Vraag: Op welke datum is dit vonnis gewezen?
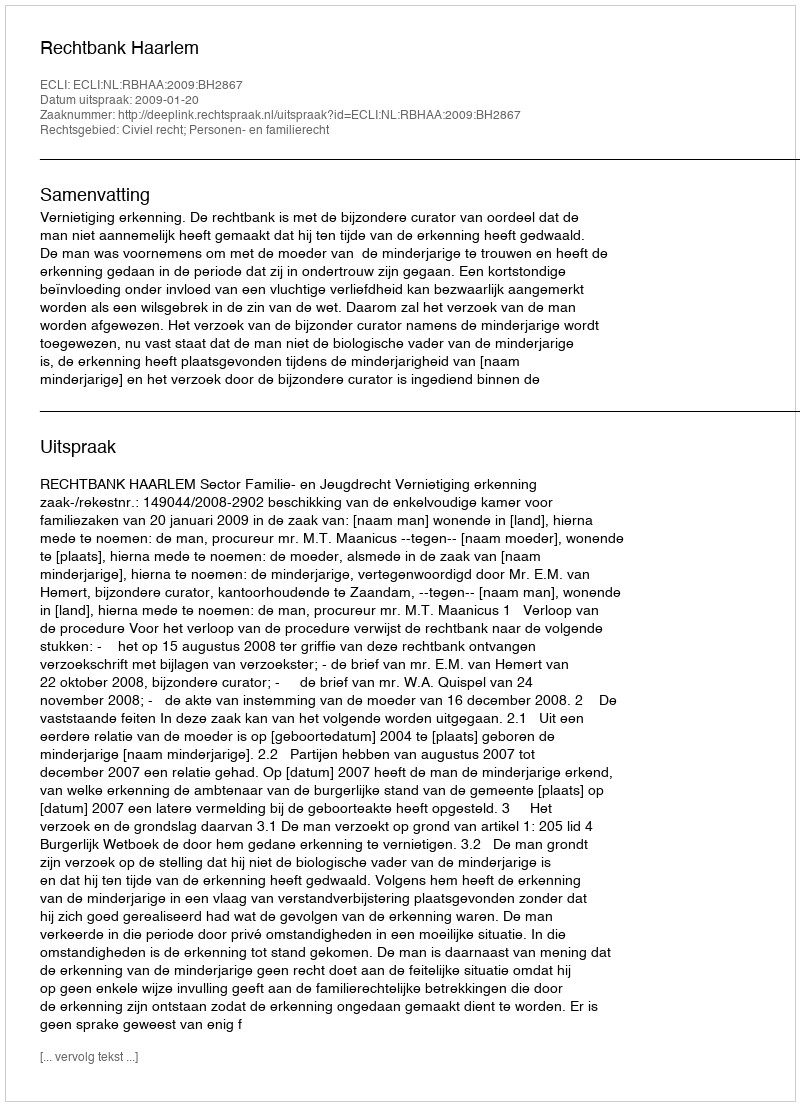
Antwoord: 2009-01-20